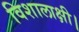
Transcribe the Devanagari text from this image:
विशालाक्षी।